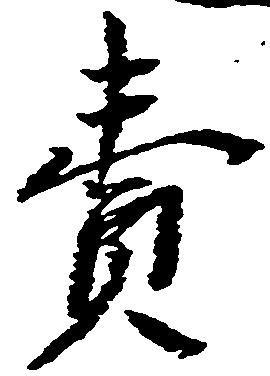
売